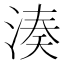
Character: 湊